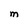
Character: M